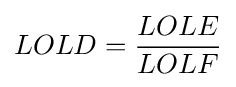
{LOLD}={\frac {LOLE}{LOLF}}